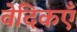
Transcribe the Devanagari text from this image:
वेदिकएँ